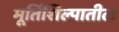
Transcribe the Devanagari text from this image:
मूर्तिशिल्पातील